Problem: 47 + 11 = ?
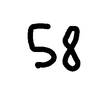
Handwritten answer: 58